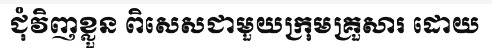
ជុំវិញខ្លួន ពិសេសជាមួយក្រុមគ្រួសារ ដោយ